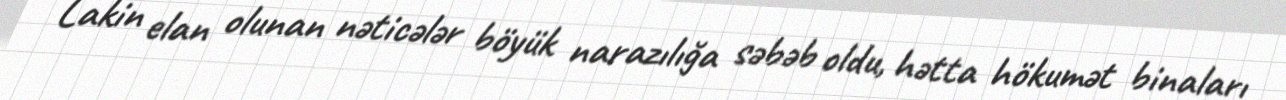
Lakin elan olunan nəticələr böyük narazılığa səbəb oldu, hətta hökumət binaları